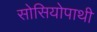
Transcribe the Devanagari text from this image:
सोसियोपाथी